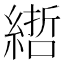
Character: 𦄃